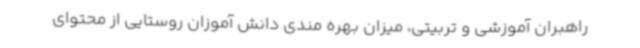
راهبران آموزشی و تربیتی، میزان بهره مندی دانش آموزان روستایی از محتوای